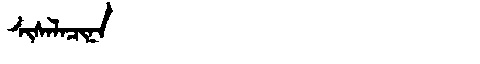
Manchu: ᠰᡳᠰᠠᠯᠠᠴᡳᠨᠠ
Romanization: SISALACINA